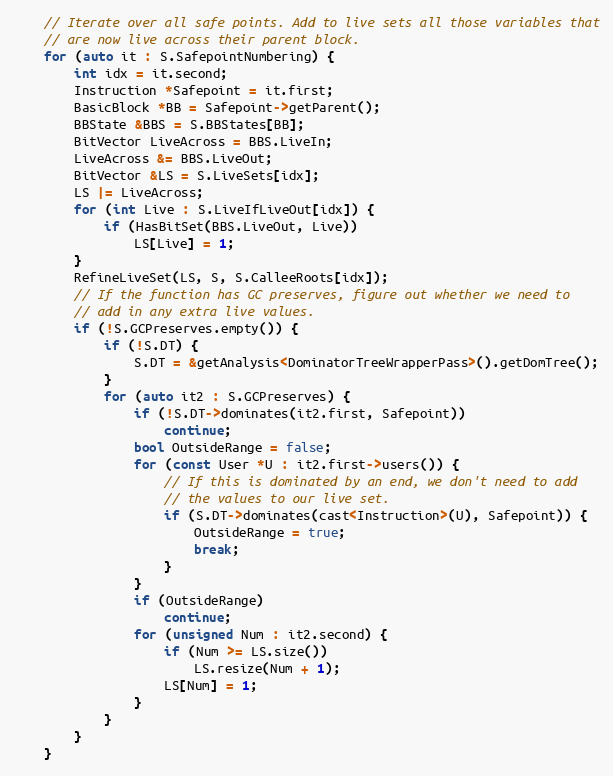
Language: C++
    // Iterate over all safe points. Add to live sets all those variables that
    // are now live across their parent block.
    for (auto it : S.SafepointNumbering) {
        int idx = it.second;
        Instruction *Safepoint = it.first;
        BasicBlock *BB = Safepoint->getParent();
        BBState &BBS = S.BBStates[BB];
        BitVector LiveAcross = BBS.LiveIn;
        LiveAcross &= BBS.LiveOut;
        BitVector &LS = S.LiveSets[idx];
        LS |= LiveAcross;
        for (int Live : S.LiveIfLiveOut[idx]) {
            if (HasBitSet(BBS.LiveOut, Live))
                LS[Live] = 1;
        }
        RefineLiveSet(LS, S, S.CalleeRoots[idx]);
        // If the function has GC preserves, figure out whether we need to
        // add in any extra live values.
        if (!S.GCPreserves.empty()) {
            if (!S.DT) {
                S.DT = &getAnalysis<DominatorTreeWrapperPass>().getDomTree();
            }
            for (auto it2 : S.GCPreserves) {
                if (!S.DT->dominates(it2.first, Safepoint))
                    continue;
                bool OutsideRange = false;
                for (const User *U : it2.first->users()) {
                    // If this is dominated by an end, we don't need to add
                    // the values to our live set.
                    if (S.DT->dominates(cast<Instruction>(U), Safepoint)) {
                        OutsideRange = true;
                        break;
                    }
                }
                if (OutsideRange)
                    continue;
                for (unsigned Num : it2.second) {
                    if (Num >= LS.size())
                        LS.resize(Num + 1);
                    LS[Num] = 1;
                }
            }
        }
    }